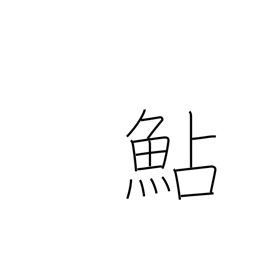
Meaning: smelt